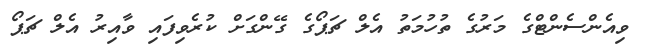
ވިއެންސެންޓްގެ މަރުގެ ތުހުމަތު އެލް ޗަޕޯގެ ގޭންގަށް ކުރެވިފައި ވާއިރު އެލް ޗަޕޯ